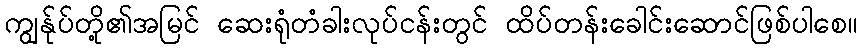
ကျွန်ုပ်တို့၏အမြင် ဆေးရုံတံခါးလုပ်ငန်းတွင် ထိပ်တန်းခေါင်းဆောင်ဖြစ်ပါစေ။